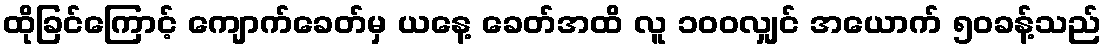
ထိုခြင်ကြောင့် ကျောက်ခေတ်မှ ယနေ့ ခေတ်အထိ လူ ၁၀၀လျှင် အယောက် ၅၀ခန့်သည်